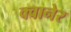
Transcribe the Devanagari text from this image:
क्वानेर